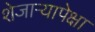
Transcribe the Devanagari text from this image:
शेजाऱ्यापेक्षा